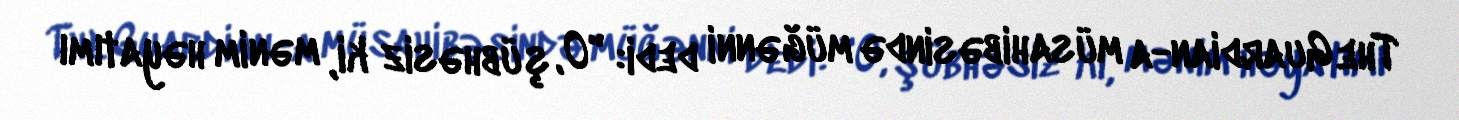
The Guardian-a müsahibəsində müğənni dedi: "O, şübhəsiz ki, mənim həyatımı